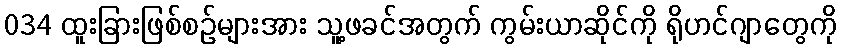
034 ထူးခြားဖြစ်စဉ်များအား သူ့ဖခင်အတွက် ကွမ်းယာဆိုင်ကို ရိုဟင်ဂျာတွေကို